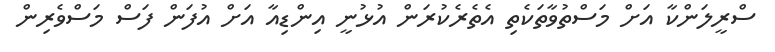
ސްރީލަންކާ އަށް މަސްތުވާތަކެތި އެތެރެކުރަން އުޅުނީ އިންޑިއާ އަށް އުފަން ފަސް މަސްވެރިން